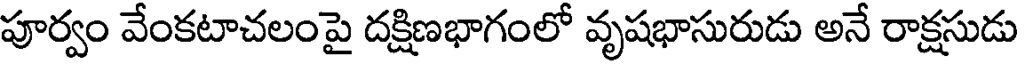
పూర్వం వేంకటాచలంపై దక్షిణభాగంలో వృషభాసురుడు అనే రాక్షసుడు